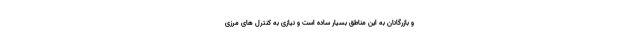
و بازرگانان به این مناطق بسیار ساده است و نیازی به کنترل های مرزی